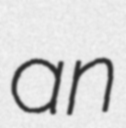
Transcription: an